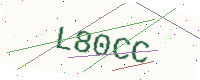
Text: L80CC